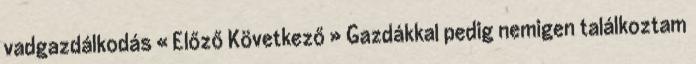
vadgazdálkodás « Előző Következő » Gazdákkal pedig nemigen találkoztam